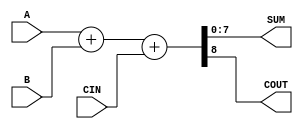
module ParameterizedAdder #(
    parameter WIDTH = 8  // Default width set to 8 bits
)(
    input  [WIDTH-1:0] A,   // First operand
    input  [WIDTH-1:0] B,   // Second operand
    input                CIN, // Carry-in (optional)
    output [WIDTH-1:0] SUM,  // Sum output
    output               COUT   // Carry-out (optional)
);

    // Internal signals
    wire [WIDTH:0] extended_sum; // To handle carry-out

    // Perform the addition
    assign extended_sum = {1'b0, A} + {1'b0, B} + CIN; // Adding A, B and CIN
    assign SUM = extended_sum[WIDTH-1:0]; // Assign lower WIDTH bits to SUM
    assign COUT = extended_sum[WIDTH]; // Assign the carry-out to COUT

endmodule